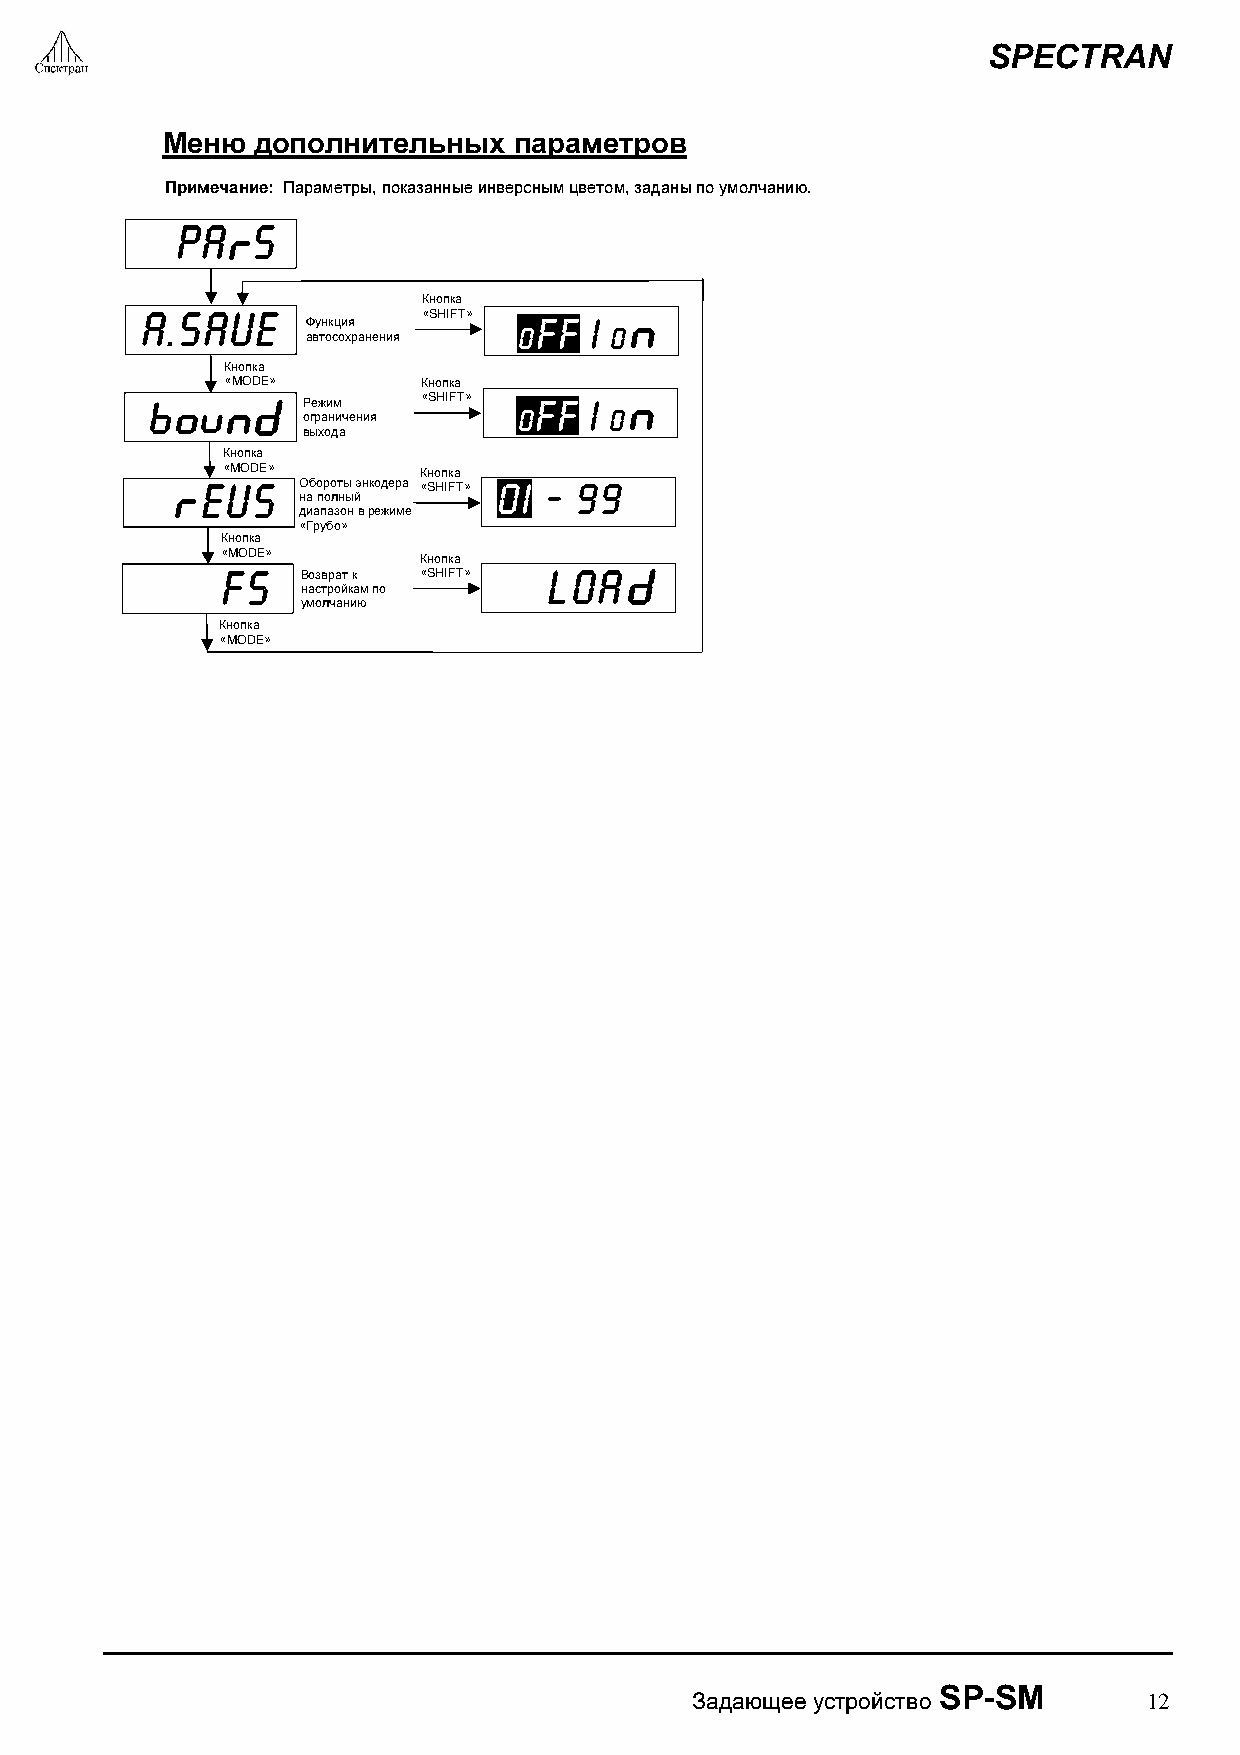
SPECTRAN
 Меню  дополнительных   параметров
 Примечание: Параметры, показанные инверсным цветом, заданы по умолчанию.
 PA   S
 Кнопка
 A.SAUE     Функция «SHIFT» oFF | o
 автосохранения
 Кнопка
 «MODE»       Кнопка
 Режим   «SHIFT» oFF | o
 ограничения
 выхода
 Кнопка
 «MODE»       Кнопка
 EUS    Обороты энкодера «SHIFT» OI - 99
 на полный
 диапазон в режиме
 «Грубо»
 Кнопка
 «MODE»       Кнопка
 FS   Возврат к «SHIFT» LOA
 настройкам по
 умолчанию
 Кнопка
 «MODE»
 Задающее устройство
 SP-SM
 12